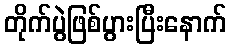
တိုက်ပွဲဖြစ်ပွားပြီးနောက်